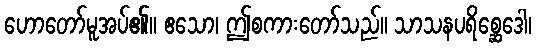
ဟောတော်မူအပ်၏။ ဧသော၊ ဤစကားတော်သည်။ သာသနပရိစ္ဆေဒေါ၊